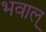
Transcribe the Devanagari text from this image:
भवाल्